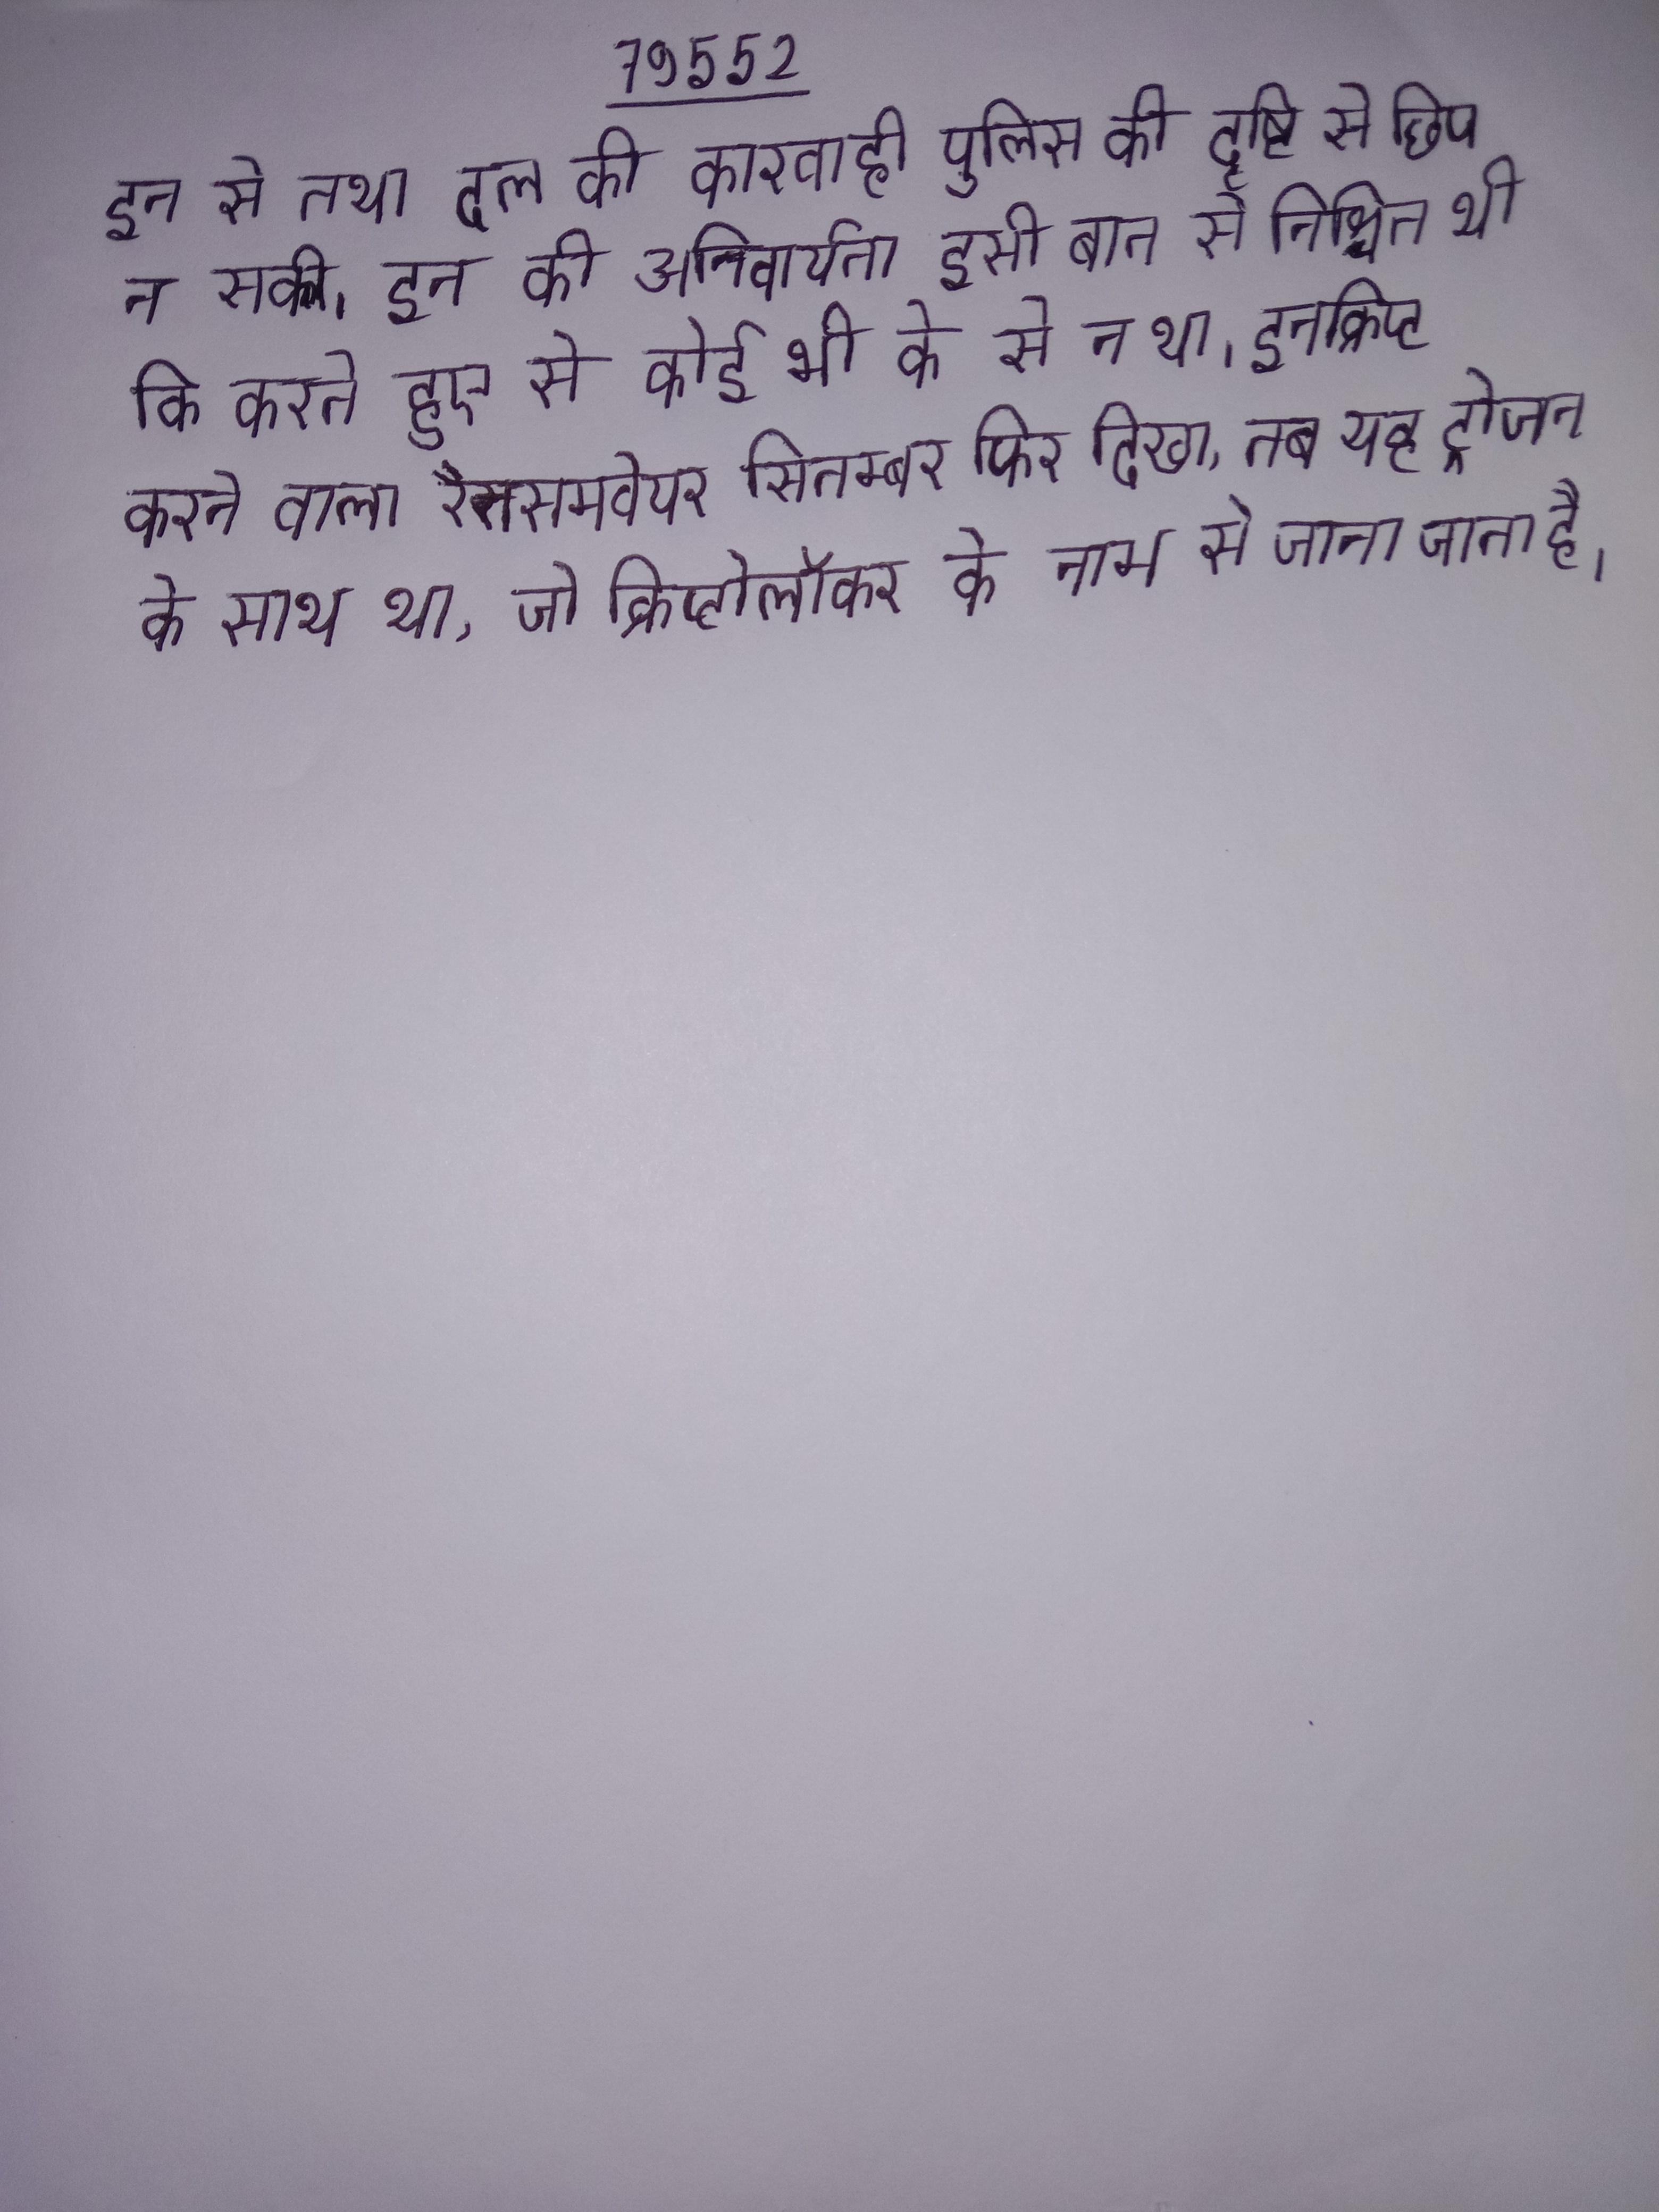
इन से तथा दल की कारवाही पुलिस की दृष्टि से छिप न सकी । इन की अनिवार्यता इसी बात से निश्चित थी कि करते हुए से कोई भी के से न था । इनक्रिप्ट करने वाला रैनसमवेयर सितम्बर फिर दिखा, तब यह ट्रोजन के साथ था, जो क्रिप्टोलॉकर के नाम से जाना जाता है ।